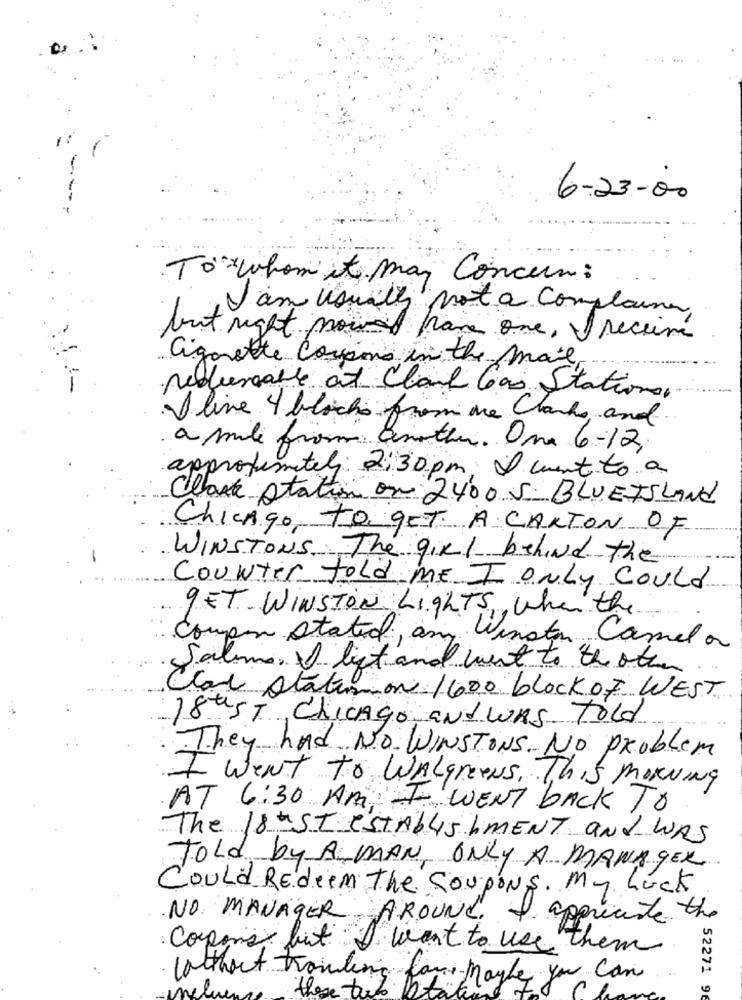
6-23-00
To"x whom it may Concern :
I am usually not a complaine
but right prowad frame one, I receive
Cigarette Coupons in the mail
nedurable at Clark Gas Stations.
I live 4 blocks from are Clarks, and
a mile from another. One 6-12
approximately 2:30pm. I went to a
Clark Station on 2400 5. BLUETSLAND
Chicago, to GET A CARTON OF
-
WINSTONS. The girl behind the
Counter told ME I Only Could
9ET WINSTON Lights, When the
Compon Stated, and Winston Camela
Salimos I bit and went to the other
Clar Status on 1600 block of WEST
18thST Chicago andWAS Told
They had NO WINSTONS No Problem
I WENT To WALgreens, This MORNING
AT 6:30 AM I WENT BACK TO
The 18aST ESTAblis IMENT and WAS
Told by A MAN ONLY A MANAGER
Could Redeem The Coupons. My Luck
NO MANAGER, AROUND.
I appreciate the
Corpos but I want to use them
lotthat trawling fan-maybe you can
these tube hit
52271 96